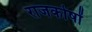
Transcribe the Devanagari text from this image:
राजकोषों